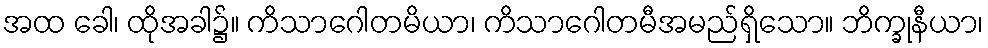
အထ ခေါ၊ ထိုအခါ၌။ ကိသာဂေါတမိယာ၊ ကိသာဂေါတမီအမည်ရှိသော။ ဘိက္ခုနီယာ၊